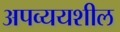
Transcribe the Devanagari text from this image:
अपव्ययशील